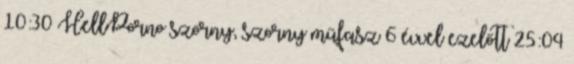
10:30 HellPorno szörny, szorny műfasz 6 évvel ezelőtt 25:04